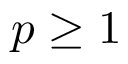
p \geq 1